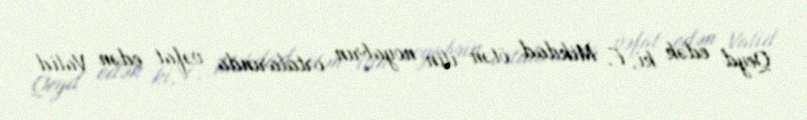
Qeyd edək ki, F. Mikdad ötən ilin noyabrın ortalarında vəfat edən Valid